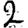
Digit: 2